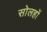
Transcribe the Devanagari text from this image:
सोलहों